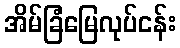
အိမ်ခြံမြေလုပ်ငန်း